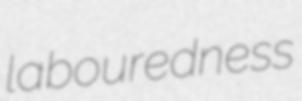
labouredness